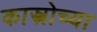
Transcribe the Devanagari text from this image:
कास्त्रोच्या